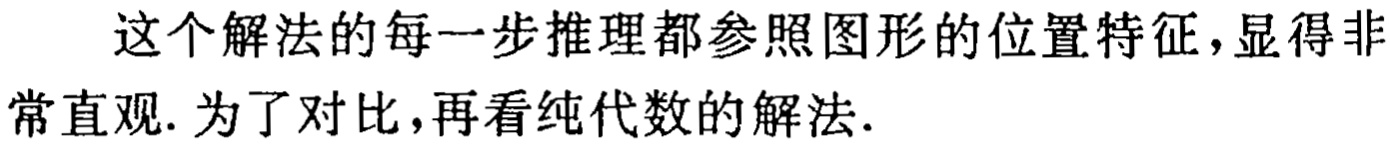
这个解法的每一步推理都参照图形的位置特征，显得非常直观. 为了对比，再看纯代数的解法.